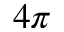
4 \pi